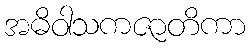
အဓိဝါသကဇာတိကာ